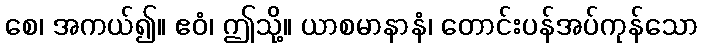
စေ၊ အကယ်၍။ ဧဝံ၊ ဤသို့။ ယာစမာနာနံ၊ တောင်းပန်အပ်ကုန်သော